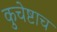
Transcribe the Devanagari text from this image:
कुचेष्टाच